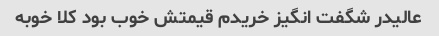
عالیدر شگفت انگیز خریدم قیمتش خوب بود کلا خوبه